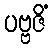
ပဗ္ဗဇိံ